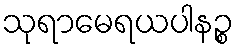
သုရာမေရယပါနဉ္စ